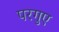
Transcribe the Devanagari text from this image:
परगुए